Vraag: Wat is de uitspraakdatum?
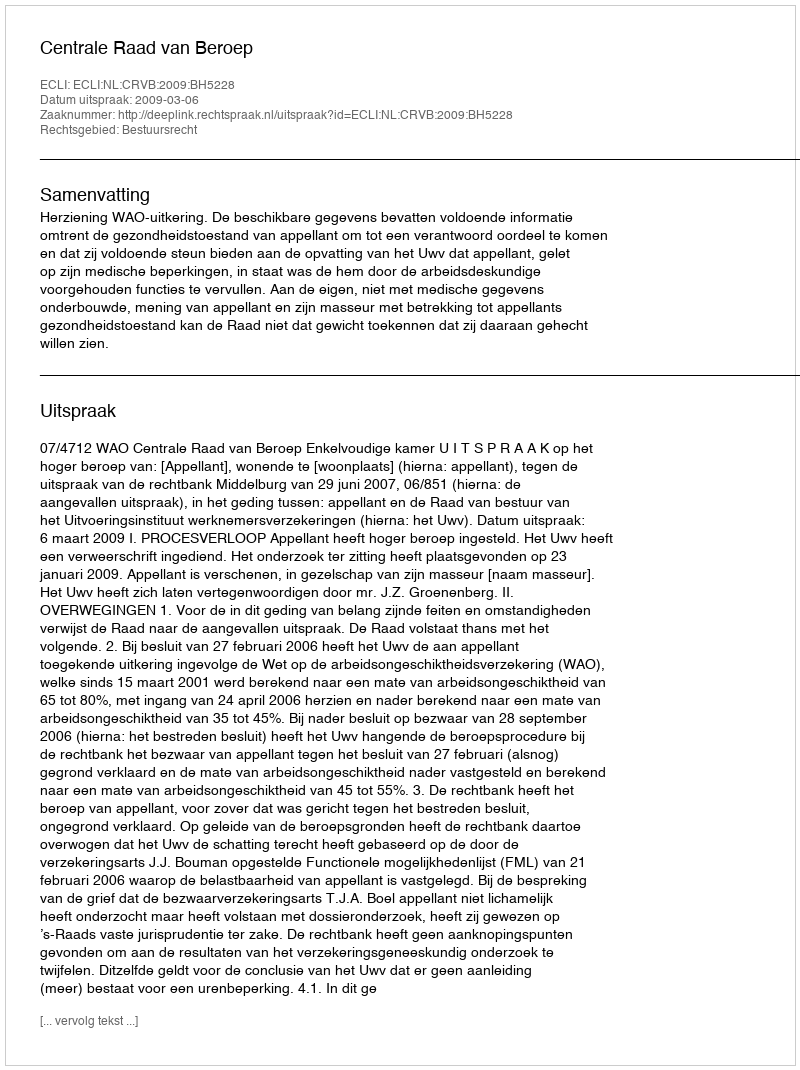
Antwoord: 2009-03-06